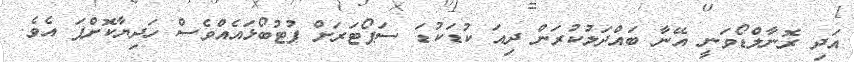
އަދި ރޮނާލްޑޯވަނީ އޭނާ ބައްދަލުކުރަން ދިއަ ކުޑަކުޑަ ސަޕޯޓަރަށް ފުޓުބޯޅައެއްވެސް ހަދިޔާކޮށްފަ އެވެ.